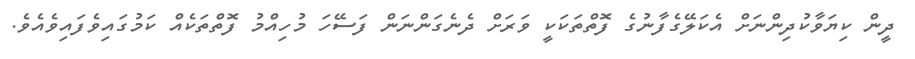
ދީން ކިޔަވާކުދިންނަށް އެކަލޭގެފާނުގެ ފޮތްތަކަކީ ވަރަށް ދެނެގަންނަން ފަސޭހަ މުހިއްމު ފޮތްތަކެއް ކަމުގައިވެފައިވެއެވެ.